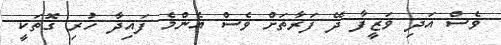
ވެސް އަދި ވަޒީފާ ދޭ ފަރާތަށް ވެސް އެންމެ ފައިދާ ހުރި ގޮތަކީ